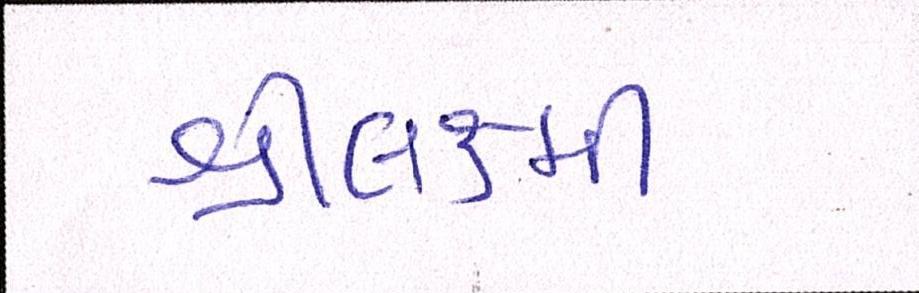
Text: શ્રીલક્ષ્મી